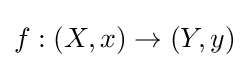
f:(X,x)\to (Y,y)